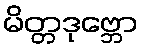
မိတ္တဒုဗ္ဘော